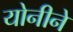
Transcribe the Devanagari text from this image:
योनीने